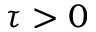
\tau > 0